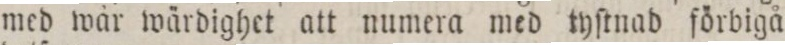
med wär wärdighet att numera med tyſtnad förbigå